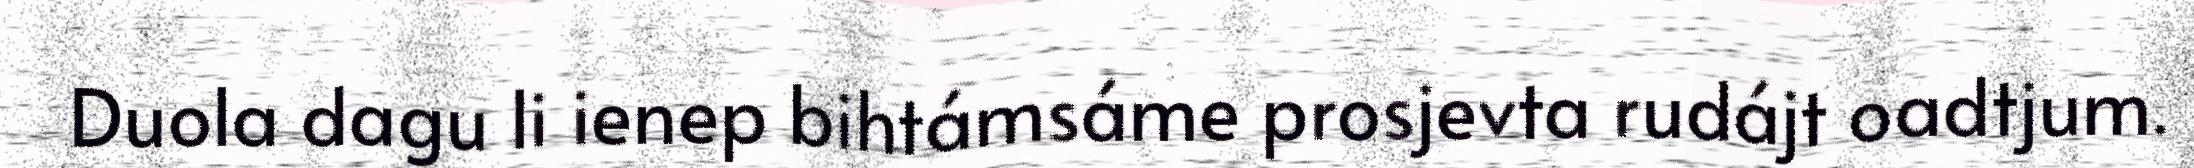
Duola dagu li ienep bihtámsáme prosjevta rudájt oadtjum.